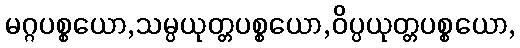
မဂ္ဂပစ္စယော,သမ္ပယုတ္တပစ္စယော,ဝိပ္ပယုတ္တပစ္စယော,